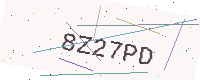
Text: 8Z27PD